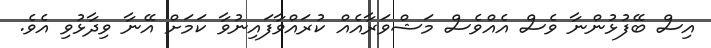
އިސް ބޭފުޅުންނާ ވެސް އެއްވެސް މަޝްވަރާއެއް ކުރައްވާފައިނުވާ ކަމަށް އޭނާ ވިދާޅުވި އެވެ.